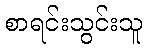
စာရင်းသွင်းသူ